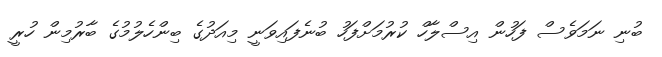
ބުނި ނަމަވެސް ފަހުން އިސްލާހް ކުރުމަށްފަހު ބުނެފައިވަނީ މިއަދުގެ ބިންހެލުމުގެ ބާރުމިން ހުރީ